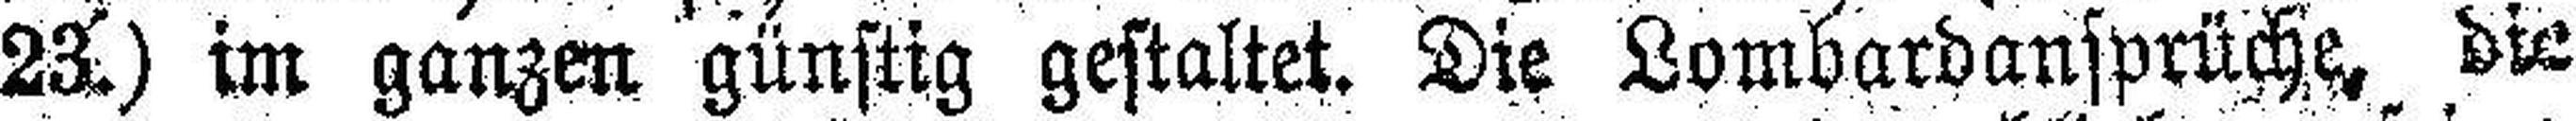
23.) im ganzen günstig gestaltet. Die Lombardansprüche, die